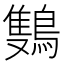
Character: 𬷩